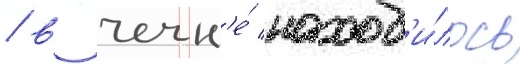
/ в чечн'е́ наход'и́лось